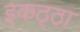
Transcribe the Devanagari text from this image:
इकठ्‍ठा